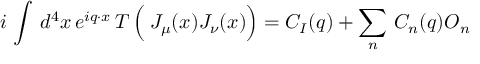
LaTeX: i \, \int \, d ^ { 4 } x \, e ^ { i q \cdot x } \, T \left( \frac { } { } J _ { \mu } ( x ) J _ { \nu } ( x ) \right) = C _ { I } ( q ) + \sum _ { n } \, C _ { n } ( q ) { \cal O } _ { n }